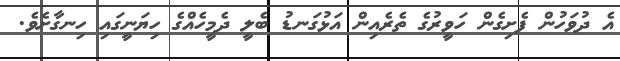
އެ ދުވަހުން ފެށިގެން ހަވީރުގެ ތެރެއިން އަޅުގަނޑު ބެލީ ދެމީހެއްގެ ހިޔަނީގައި ހިނގާށެވެ.